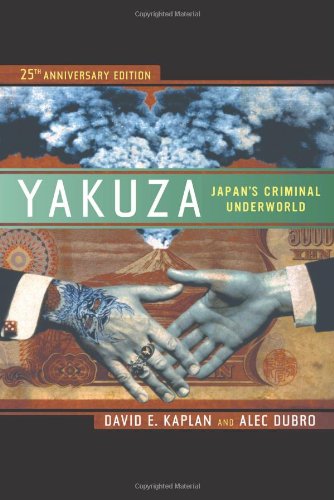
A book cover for Yakuza: Japan's Criminal Underworld; David E. Kaplan; Biographies & Memoirs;